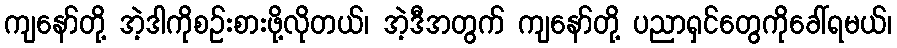
ကျနော်တို့ အဲ့ဒါကိုစဉ်းစားဖို့လိုတယ်၊ အဲ့ဒီအတွက် ကျနော်တို့ ပညာရှင်တွေကိုခေါ်ရမယ်၊